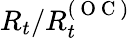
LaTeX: R_{t}/R_{t}^{(\mathrm{~O~C~})}